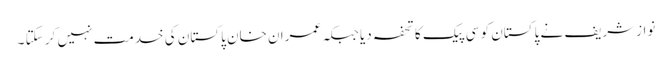
نوازشریف نے پاکستان کو سی پیک کا تحفہ دیا جبکہ عمران خان پاکستان کی خدمت نہیں کر سکتا ۔